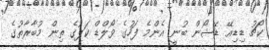
ކޯޗު ޑިޑިއޭ ޑޭޝޯން ބުނީ އެންމެ ފަހުގެ ވޯލްޑް ކަޕުގެ ތިން މުބާރާތުގެ